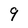
Character: 9